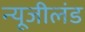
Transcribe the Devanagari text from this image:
न्यूजीलंड